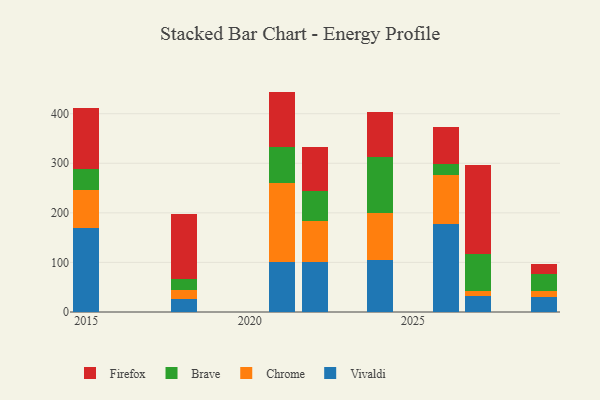
{"axis": {"x": "Year", "y": "Market Share (%)"}, "legend": ["Brave", "Chrome", "Firefox", "Vivaldi"], "data": [{"x": "2022", "y": 101.7, "type": "Vivaldi"}, {"x": "2022", "y": 81.8, "type": "Chrome"}, {"x": "2022", "y": 59.7, "type": "Brave"}, {"x": "2022", "y": 89.5, "type": "Firefox"}, {"x": "2029", "y": 29.8, "type": "Vivaldi"}, {"x": "2029", "y": 12.6, "type": "Chrome"}, {"x": "2029", "y": 35.1, "type": "Brave"}, {"x": "2029", "y": 19.1, "type": "Firefox"}, {"x": "2018", "y": 27.2, "type": "Vivaldi"}, {"x": "2018", "y": 16.5, "type": "Chrome"}, {"x": "2018", "y": 21.9, "type": "Brave"}, {"x": "2018", "y": 133.1, "type": "Firefox"}, {"x": "2021", "y": 100.9, "type": "Vivaldi"}, {"x": "2021", "y": 159.4, "type": "Chrome"}, {"x": "2021", "y": 72.8, "type": "Brave"}, {"x": "2021", "y": 111.5, "type": "Firefox"}, {"x": "2024", "y": 104.0, "type": "Vivaldi"}, {"x": "2024", "y": 96.3, "type": "Chrome"}, {"x": "2024", "y": 113.1, "type": "Brave"}, {"x": "2024", "y": 89.2, "type": "Firefox"}, {"x": "2027", "y": 32.6, "type": "Vivaldi"}, {"x": "2027", "y": 9.0, "type": "Chrome"}, {"x": "2027", "y": 75.4, "type": "Brave"}, {"x": "2027", "y": 179.5, "type": "Firefox"}, {"x": "2015", "y": 170.4, "type": "Vivaldi"}, {"x": "2015", "y": 76.5, "type": "Chrome"}, {"x": "2015", "y": 42.1, "type": "Brave"}, {"x": "2015", "y": 121.7, "type": "Firefox"}, {"x": "2026", "y": 177.5, "type": "Vivaldi"}, {"x": "2026", "y": 99.3, "type": "Chrome"}, {"x": "2026", "y": 21.1, "type": "Brave"}, {"x": "2026", "y": 75.0, "type": "Firefox"}]}